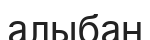
алыбан